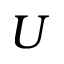
U